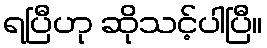
ရပြီဟု ဆိုသင့်ပါပြီ။